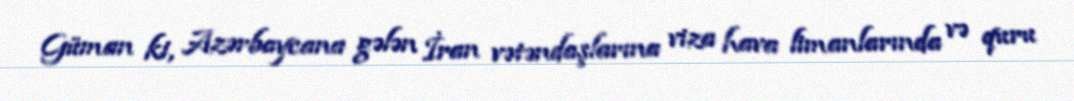
Güman ki, Azərbaycana gələn İran vətəndaşlarına viza hava limanlarında və quru